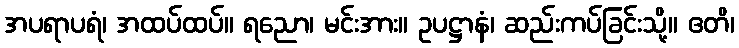
အပရာပရံ၊ အထပ်ထပ်။ ရညော၊ မင်းအား။ ဥပဋ္ဌာနံ၊ ဆည်းကပ်ခြင်းသို့။ ဧတိ၊